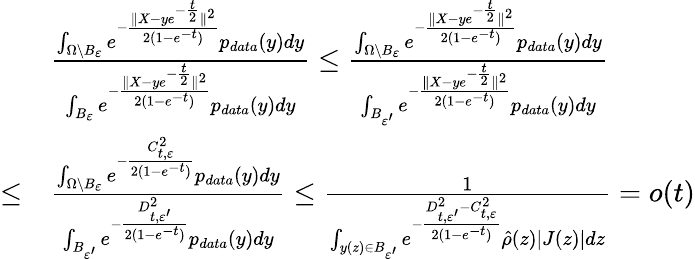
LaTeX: \begin{array}{rl}&{\frac{\int_{\Omega\backslash B_{\varepsilon}}e^{-\frac{\| X-ye^{-\frac{t}{2}}\| ^{2}}{2(1-e^{-t})}}p_{data}(y)dy}{\int_{B_{\varepsilon}}e^{-\frac{\| X-ye^{-\frac{t}{2}}\| ^{2}}{2(1-e^{-t})}}p_{data}(y)dy}\leq\frac{\int_{\Omega\backslash B_{\varepsilon}}e^{-\frac{\| X-ye^{-\frac{t}{2}}\| ^{2}}{2(1-e^{-t})}}p_{data}(y)dy}{\int_{B_{\varepsilon^{\prime}}}e^{-\frac{\| X-ye^{-\frac{t}{2}}\| ^{2}}{2(1-e^{-t})}}p_{data}(y)dy}}\\ {\leq}&{\frac{\int_{\Omega\backslash B_{\varepsilon}}e^{-\frac{C_{t,\varepsilon}^{2}}{2(1-e^{-t})}}p_{data}(y)dy}{\int_{B_{\varepsilon^{\prime}}}e^{-\frac{D_{t,\varepsilon^{\prime}}^{2}}{2(1-e^{-t})}}p_{data}(y)dy}\leq\frac{1}{\int_{y(z)\in B_{\varepsilon^{\prime}}}e^{-\frac{D_{t,\varepsilon^{\prime}}^{2}-C_{t,\varepsilon}^{2}}{2(1-e^{-t})}}\hat{\rho}(z)|J(z)|dz}=o(t)}\end{array}